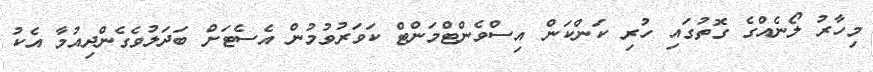
މިހާރު ލޯނެއްގެ ގޮތުގައި ހުރި ކަންކަން އިސްވެންޓްމަންޓް ކަވަރުވުމުން އެސެޓަށް ބަދަލުވެގެންދިއުމާ އެކު